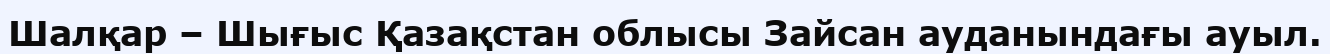
Шалқар – Шығыс Қазақстан облысы Зайсан ауданындағы ауыл.